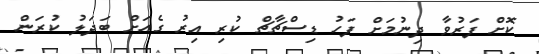
ކޮށް ފަރުވާ ދިނުމަށް ފަހު ޑިސްޗާޗް ކުރި އިރު ގެއަށް ބަދަލު ކުރަން